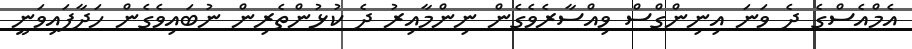
އެމްއެސްގެ ދެ ވަނަ އިނިންގްސް ވިއްސާރެވެގެން ނިންމާއިރު ދެ ކުޅުންތެރިން ނުބައިވެގެން ހަދާފައިވަނީ